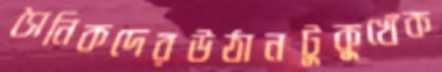
সৈনিকদেরউঠানটুকুখেঁক